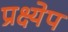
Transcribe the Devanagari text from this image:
प्रक्ष्येप